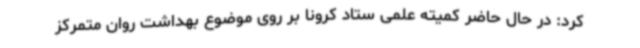
کرد: در حال حاضر کمیته علمی ستاد کرونا بر روی موضوع بهداشت روان متمرکز